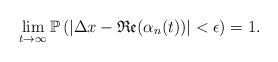
LaTeX: \begin{align*}\lim_{t \rightarrow \infty} \mathbb{P}\left(\left|\Delta x - \mathfrak{Re}(\alpha_n(t))\right| < \epsilon\right) = 1. \end{align*}